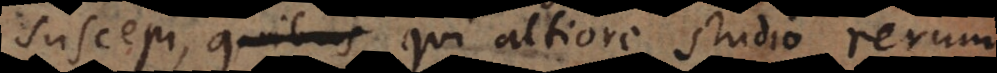
suscepi, quibus qui altiore studio rerum